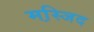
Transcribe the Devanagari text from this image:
मस्जि़द